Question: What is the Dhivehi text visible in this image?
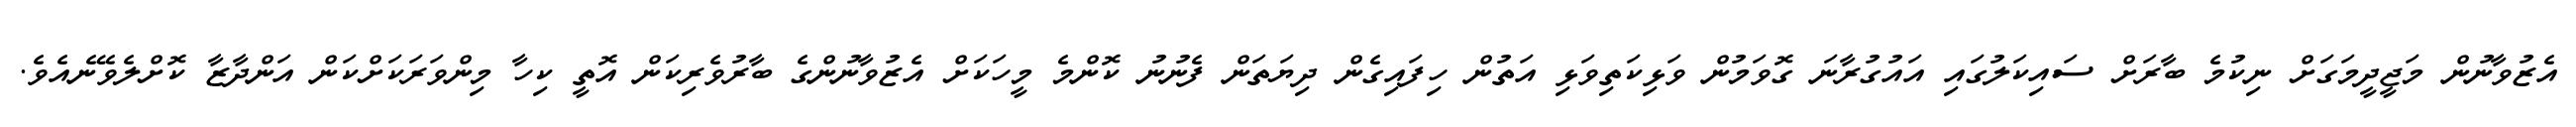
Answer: އެޒުވާނުން މަޖީދީމަގަށް ނިކުމެ ބާރަށް ސައިކަލުގައި އައުގުރާނަ ގޮވަމުން ވަޅިކަތިވަޅި އަތުން ހިފައިގެން ދިޔަތަން ފެނުނު ކޮންމެ މީހަކަށް އެޒުވާނުންގެ ބާރުވެރިކަން އޮތީ ކިހާ މިންވަރަކަށްކަން އަންދާޒާ ކޮށްލެވޭނެއެވެ.